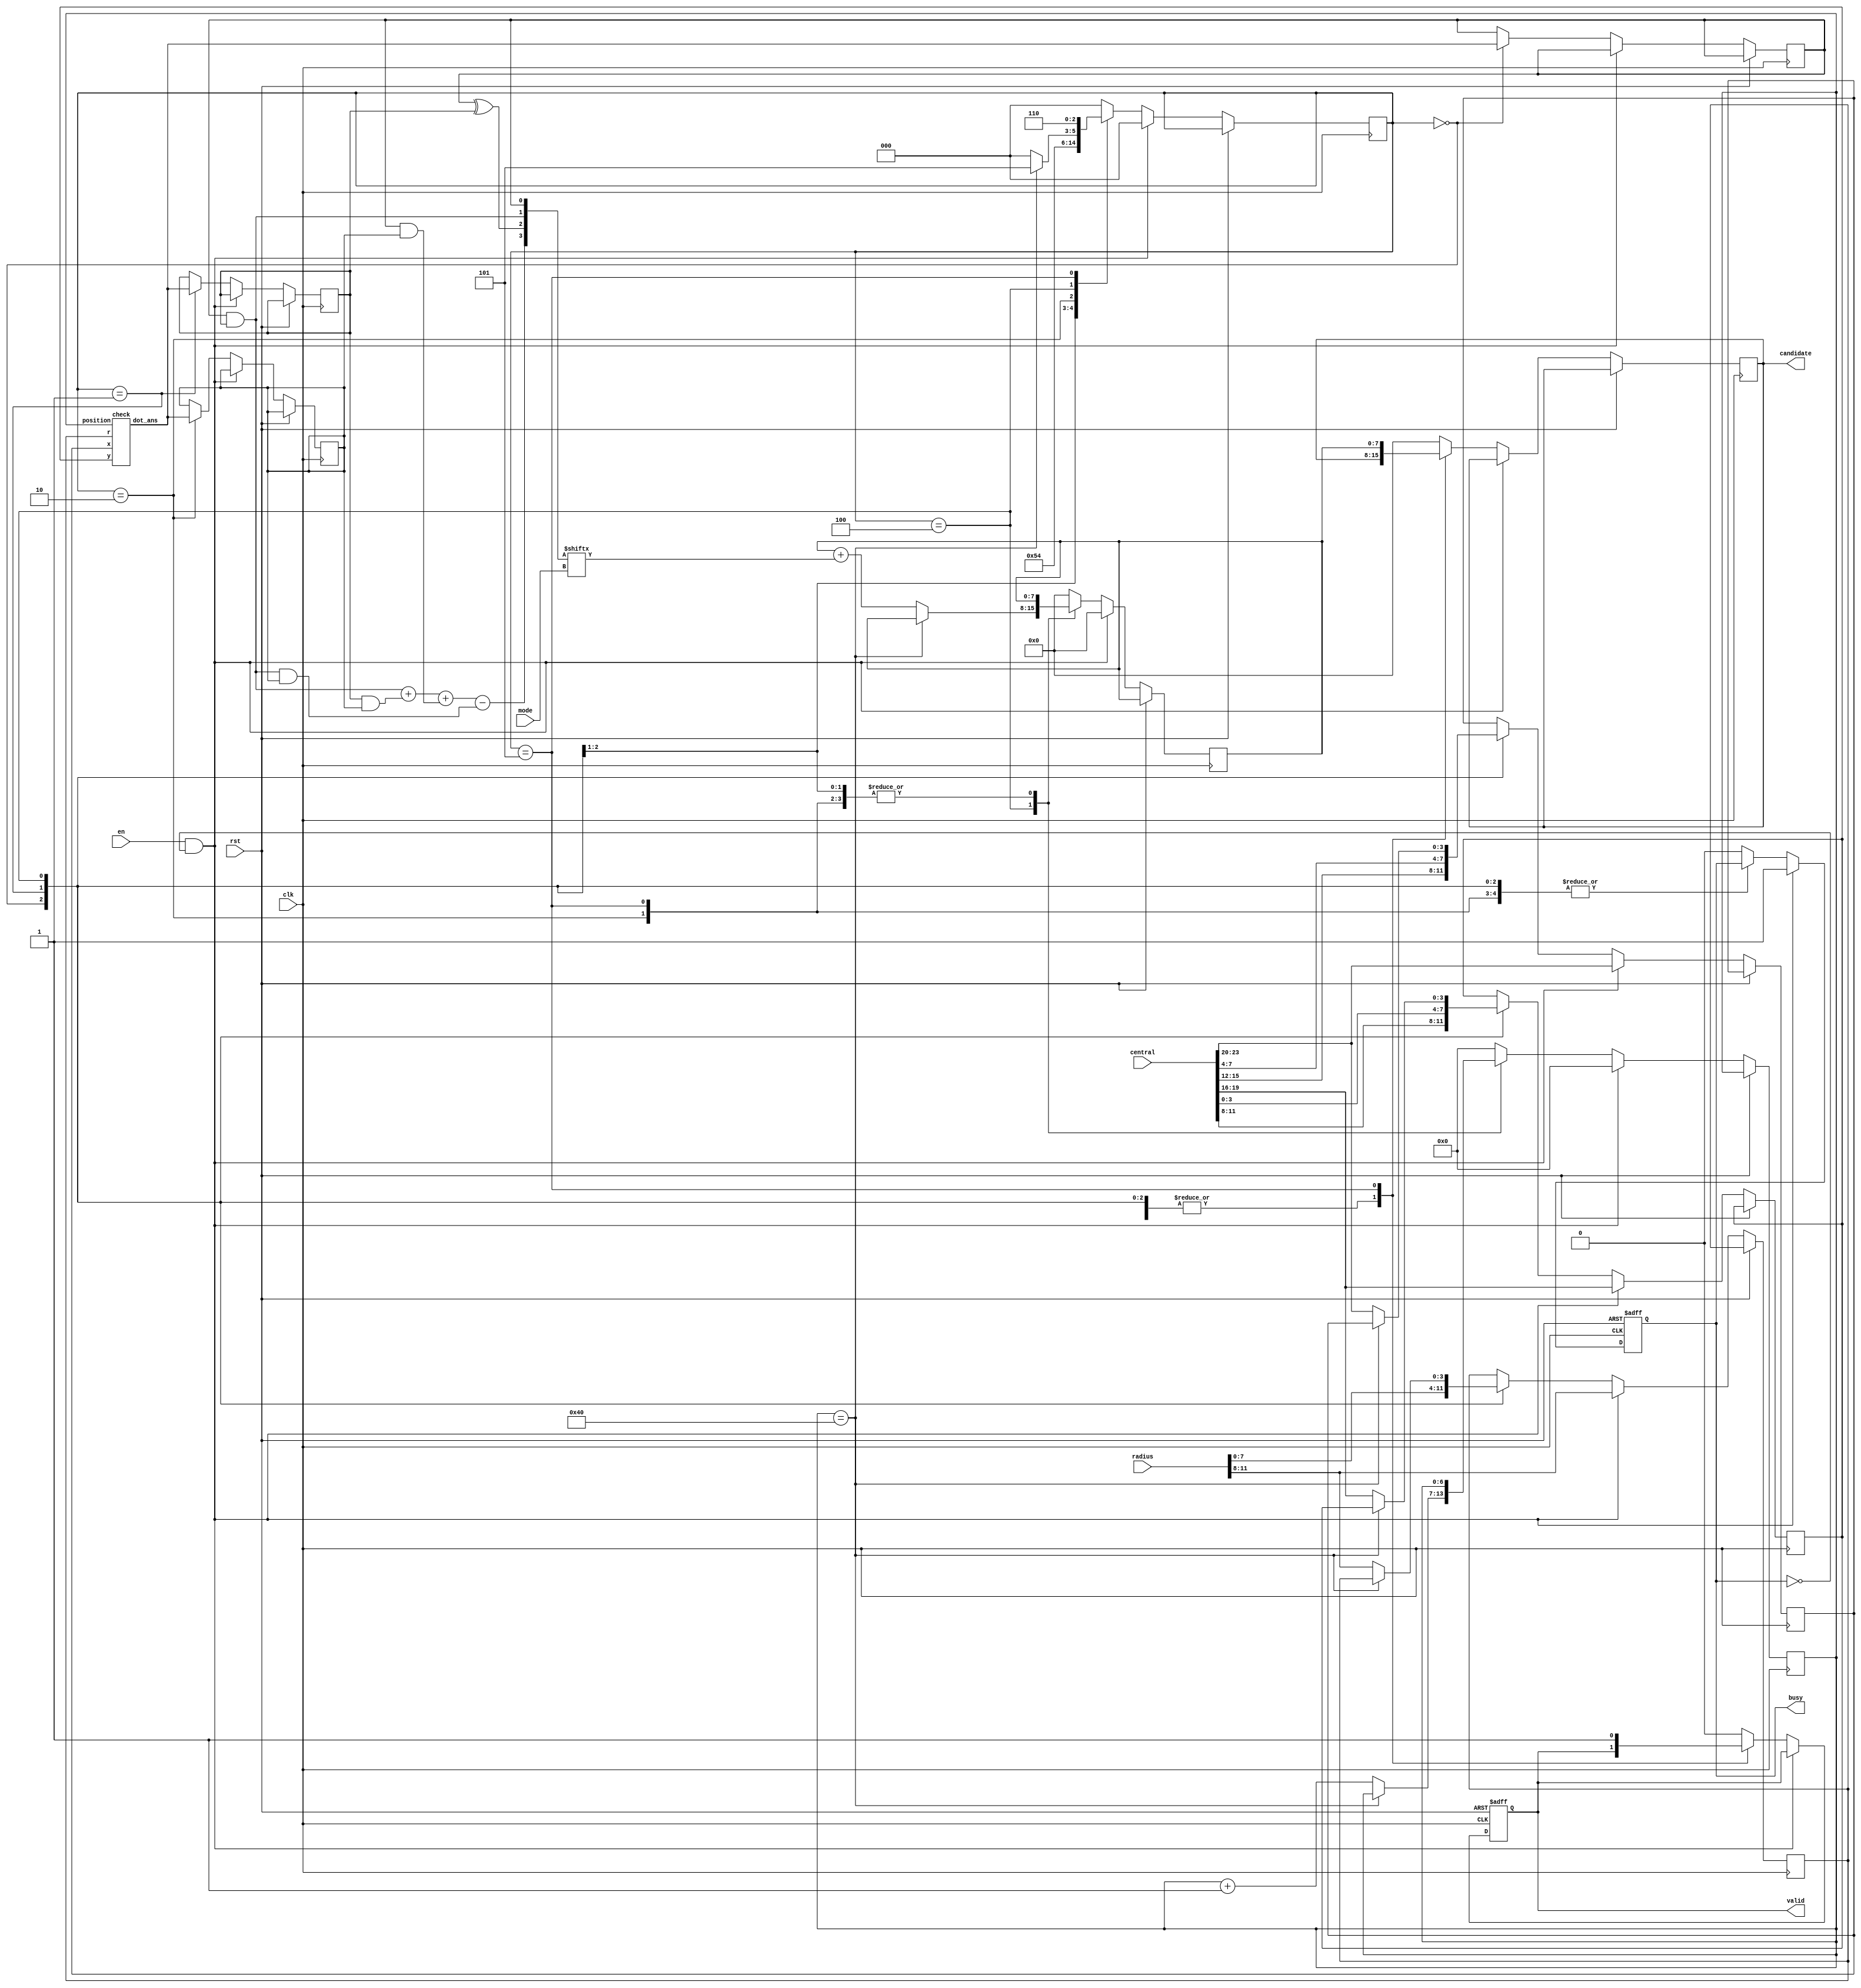
module SET ( clk , rst, en, central, radius, mode, busy, valid, candidate );

    input   clk, rst;
    input   en;
    input [23:0] central;
    input [11:0] radius;
    input [1:0]  mode;
    output reg   busy;
    output reg   valid;
    output reg[7:0] candidate;
    
    reg     [3:0] x, y;
    reg     [3:0] r;
    wire    [3:0] m;
    reg     [6:0] position;
    wire    [6:0] position_wire;

    reg           A, B, C;   
    reg     [2:0] state;
	// reg           dot_ans;
    wire          dot_ans_wire;

    reg     [7:0] count;

    assign m[0] = A;
    assign m[1] = A & B;
    assign m[2] = A ^ B;
    assign m[3] = (A & B) + (B & C) + (A & C) - (A & B & C);

    assign position_wire    = position;
    // assign dot_ans_wire     = dot_ans;
    check U1(.x(x), .y(y), .r(r), .position(position_wire), .dot_ans(dot_ans_wire));

    always @(posedge clk or posedge rst) begin
        if(rst)begin
            busy    <= 1'b0;
            valid   <= 1'b0;
        end
        else begin 
            if(en && !busy)begin
                    position<= 8'h00;
                    state   <= 3'd0;
                    {x,y,r} <= {central[23:16],radius[11:8]};
                    busy    <= 1'b1;
                    count   <= 1'b0;
            end
            else begin
                case(state)
                    3'b000:begin
                        A       <= dot_ans_wire;
                        {x,y,r} <= {central[15:8],radius[7:4]};
                        state   <= 3'b001;
                    end
                    3'b001:begin
                        B       <= dot_ans_wire;
                        {x,y,r} <= {central[7:0],radius[3:0]};
                        state   <= 3'b010;
                    end
                    3'b010:begin
                        C       <= dot_ans_wire;
                        state   <= 3'b100;
                    end
                    // 3'b011:begin
                    //     // position<= position +1'b1;
                    //     state   <= 3'b100;
                    // end
                    3'b100:begin
                        if(position == 7'b1_000_000)begin
                            state   <= 3'b101;
                        end
                        else begin
                            count   <= count + m[mode];
                            state   <= 3'b000;
                            position<= position +1'b1;
                            {x,y,r} <= {central[23:16],radius[11:8]};
                        end
                    end
                    3'b101:begin
                        valid       <= 1'b1;
                        candidate   <= count;
                        state       <= 3'b110;
                    end
                    default:begin
                        valid     <= 1'b0;
                        busy      <= 1'b0;
                        count     <= 1'b0;
                        position  <= 0;
                        state     <= 0;
                        candidate <= 0;
                    end
                endcase
            end
        end 
    end


endmodule

module check(x, y, r ,position, dot_ans);
	input   [3:0] x, y, r;
    input   [6:0] position;
    output        dot_ans;

    wire    [8:0] dis;

    assign dis      = (x-position[5:3] - 1'b1)*(x-position[5:3] - 1'b1) + (y-position[2:0] - 1'b1)*(y-position[2:0] - 1'b1);  
    assign dot_ans  = (dis <= r*r) ? 1'b1 : 1'b0;

endmodule